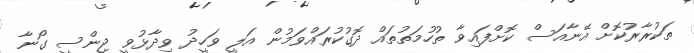
ތަކުރާރުކޮށް އޭނާއަސް ކޮށްފައިވާ ތުހުމަތުތައް ދޮގުކުރައްވަމުން އަލީ ވަހީދު ވިދާޅުވީ ޖިންސީ ގޯނާ